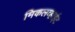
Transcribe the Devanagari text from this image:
मिकलव्हाईट